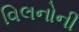
વિલનોની